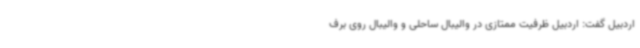
اردبیل گفت: اردبیل ظرفیت ممتازی در والیبال ساحلی و والیبال روی برف